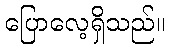
ပြောလေ့ရှိသည်။